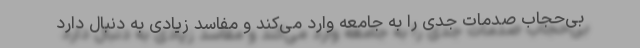
بی‌حجاب صدمات جدی را به جامعه وارد می‌کند و مفاسد زیادی به دنبال دارد